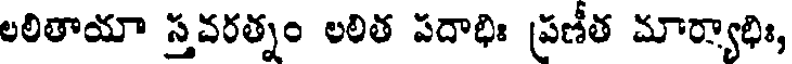
లలితాయా స్తవరత్నం లలిత పదాభిః ప్రణీత మార్యాభిః,